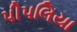
પીપલિયા